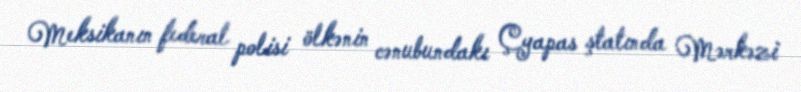
Meksikanın federal polisi ölkənin cənubundakı Çyapas ştatında Mərkəzi